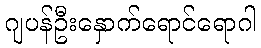
ဂျပန်ဦးနှောက်ရောင်ရောဂါ